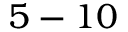
5 - 1 0